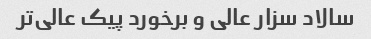
سالاد سزار عالی و برخورد پیک عالی‌تر